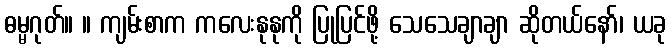
ဓမ္မဂုတ်။ ။ ကျမ်းစာက ကလေးနုနုကို ပြုပြင်ဖို့ သေသေချာချာ ဆိုတယ်နော်၊ ယခု